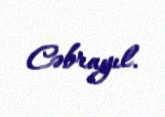
Cəbrayıl.